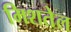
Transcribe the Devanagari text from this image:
मिशतेल